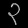
Digit: ၃